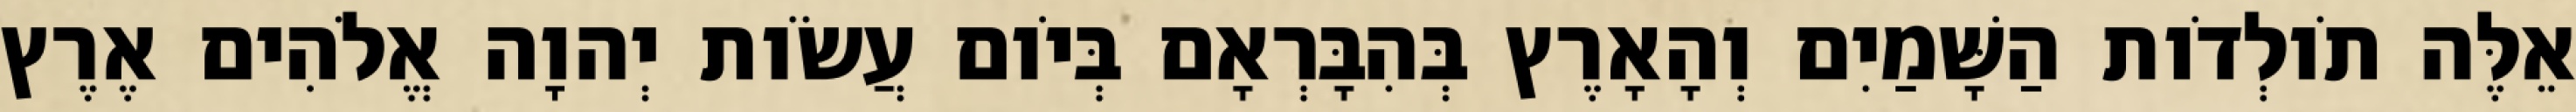
אֵלֶּה תֹולְדֹות הַשָּׁמַיִם וְהָאָרֶץ בְּהִבָּרְאָם בְּיֹום עֲשֹׂות יְהוָה אֱלֹהִים אֶרֶץ